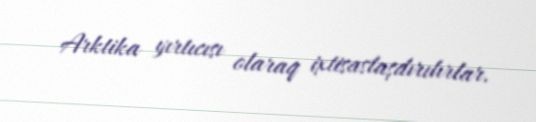
Arktika yırtıcısı olaraq ixtisaslaşdırılırlar.